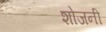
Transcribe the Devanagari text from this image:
शोजनी